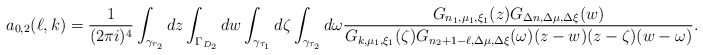
\begin{align*}a_{0,2}(\ell,k)=\frac 1{(2\pi i)^4}\int_{\gamma_{r_2}}dz\int_{\Gamma_{D_2}}dw\int_{\gamma_{\tau_1}}d\zeta\int_{\gamma_{\tau_2}}d\omega\frac{G_{n_1,\mu_1,\xi_1}(z)G_{\Delta n,\Delta\mu,\Delta\xi}(w)}{G_{k,\mu_1,\xi_1}(\zeta)G_{n_2+1-\ell,\Delta\mu,\Delta\xi}(\omega)(z-w)(z-\zeta)(w-\omega)}.\end{align*}